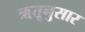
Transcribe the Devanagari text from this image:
ॠतूनुसार